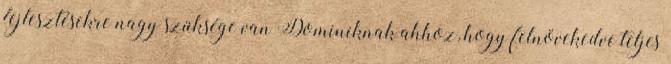
fejlesztésekre nagy szüksége van Dominiknak ahhoz, hogy felnövekedve teljes